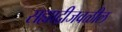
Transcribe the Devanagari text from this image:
सह्याद्रीजवळील